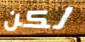
لكن